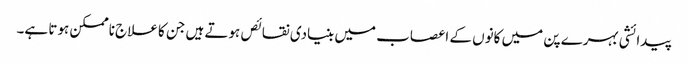
پیدائشی بہرے پن میں کانوں کے اعصاب میں بنیادی نقائص ہوتے ہیں جن کا علاج ناممکن ہوتا ہے۔